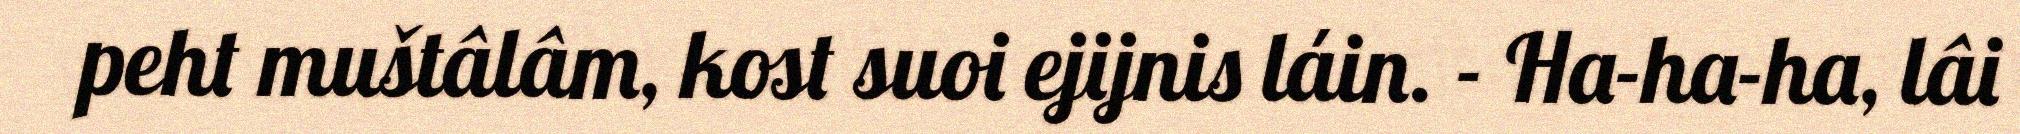
peht muštâlâm, kost suoi ejijnis láin. - Ha-ha-ha, lâi